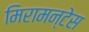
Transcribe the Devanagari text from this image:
मिरामन्टेस